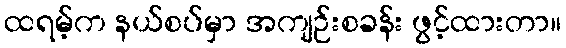
ထရမ့်က နယ်စပ်မှာ အကျဉ်းစခန်း ဖွင့်ထားတာ။